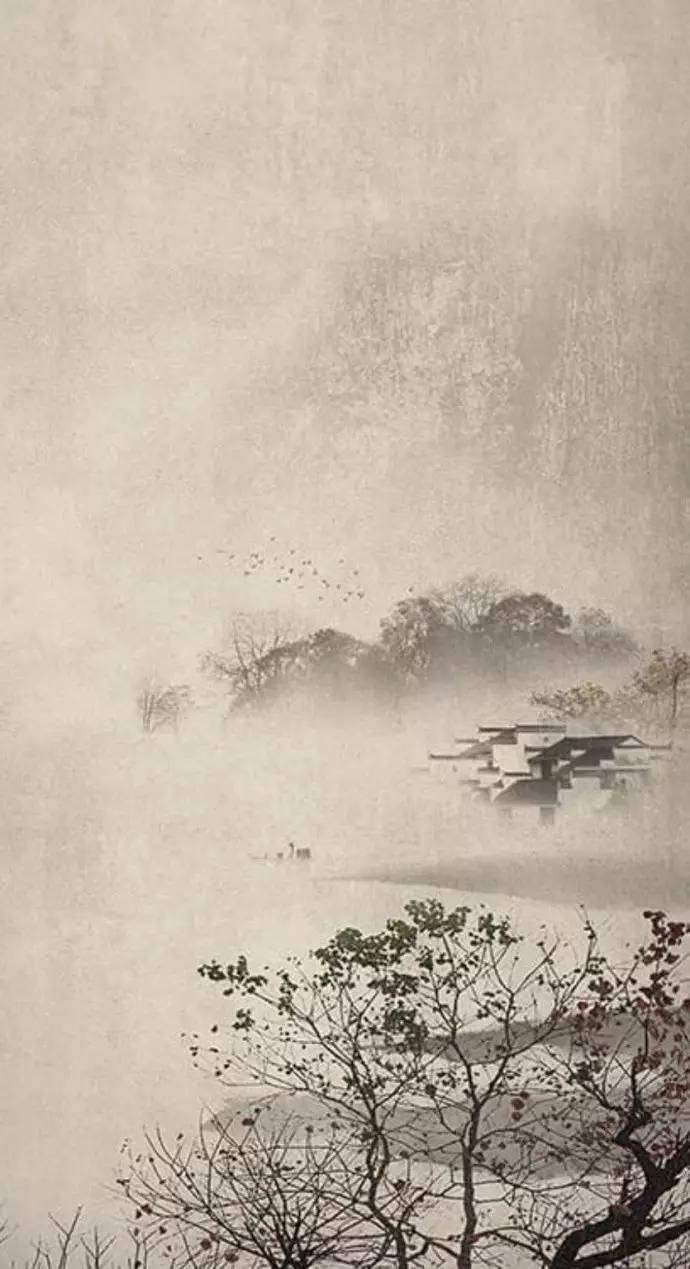
功盖三分国，名成八阵图。